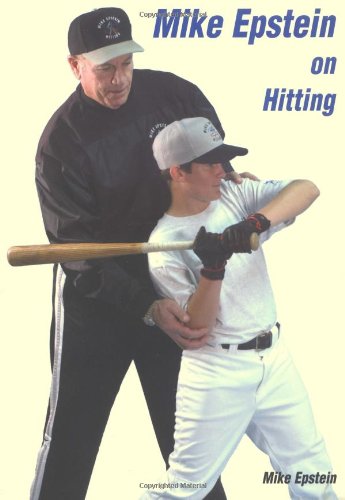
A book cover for Mike Epstein on Hitting; Mike Epstein; Sports & Outdoors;